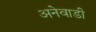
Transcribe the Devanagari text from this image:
अनेवाडी